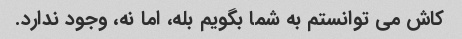
کاش می توانستم به شما بگویم بله، اما نه، وجود ندارد.